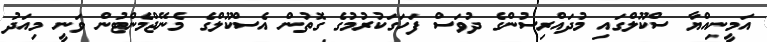
އަމީނިއްޔާ ސްކޫލްގައި މުދައްރިސުންގެ ދުވަސް ފަހަގަކުރުމުގެ ގޮތުން އެސްކޫލްގެ މެނޭޖްމެންޓުން ވަނީ މިއަދު